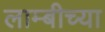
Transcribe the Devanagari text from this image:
लाम्बीच्या